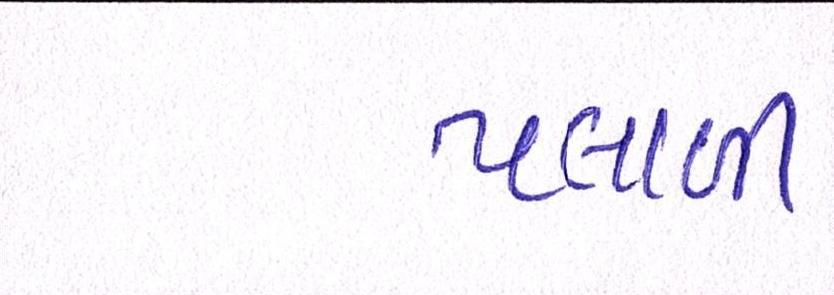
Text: પલાળી